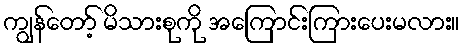
ကျွန်တော့် မိသားစုကို အကြောင်းကြားပေးမလား။